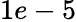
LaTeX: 1e-5